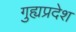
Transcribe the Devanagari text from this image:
गुह्यप्रदेश